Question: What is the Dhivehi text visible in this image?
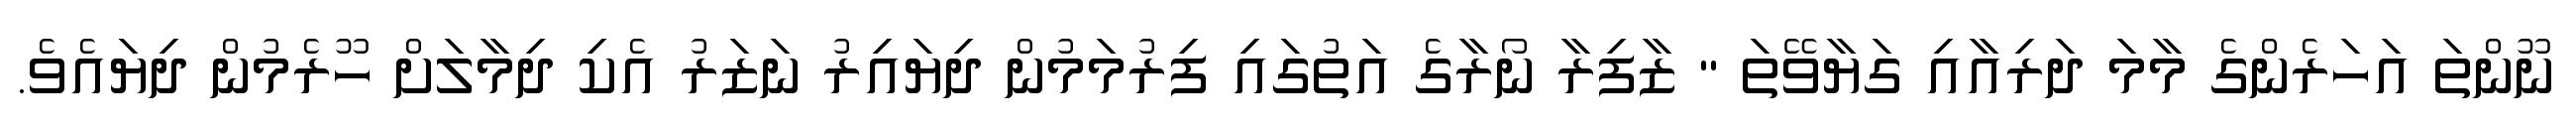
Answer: ނޫންތަ އަހަރެންގެ މާމަ ދަރިއާއި ގަޔާވޭތަ " ޒާފިރާ ނޯރާގެ އަތުގައި ފިރުމަމުން ދިޔައިރު ނަޒަރު އެކި ދިމާލަށް ހޫރެމުން ދިޔައެވެ.